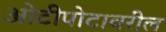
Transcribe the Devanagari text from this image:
ओटीपोटावरील